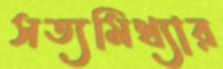
সত্যমিথ্যার